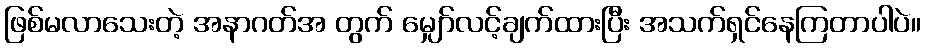
ဖြစ်မလာသေးတဲ့ အနာဂတ်အ တွက် မျှော်လင့်ချက်ထားပြီး အသက်ရှင်နေကြတာပါပဲ။